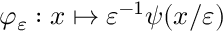
\varphi _ { \varepsilon } : x \mapsto \varepsilon ^ { - 1 } \psi ( x / \varepsilon )